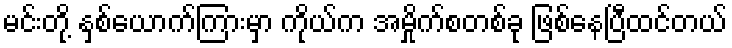
မင်းတို့ နှစ်ယောက်ကြားမှာ ကိုယ်က အမှိုက်စတစ်ခု ဖြစ်နေပြီထင်တယ်